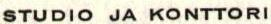
STUDIO JA KONTTORI